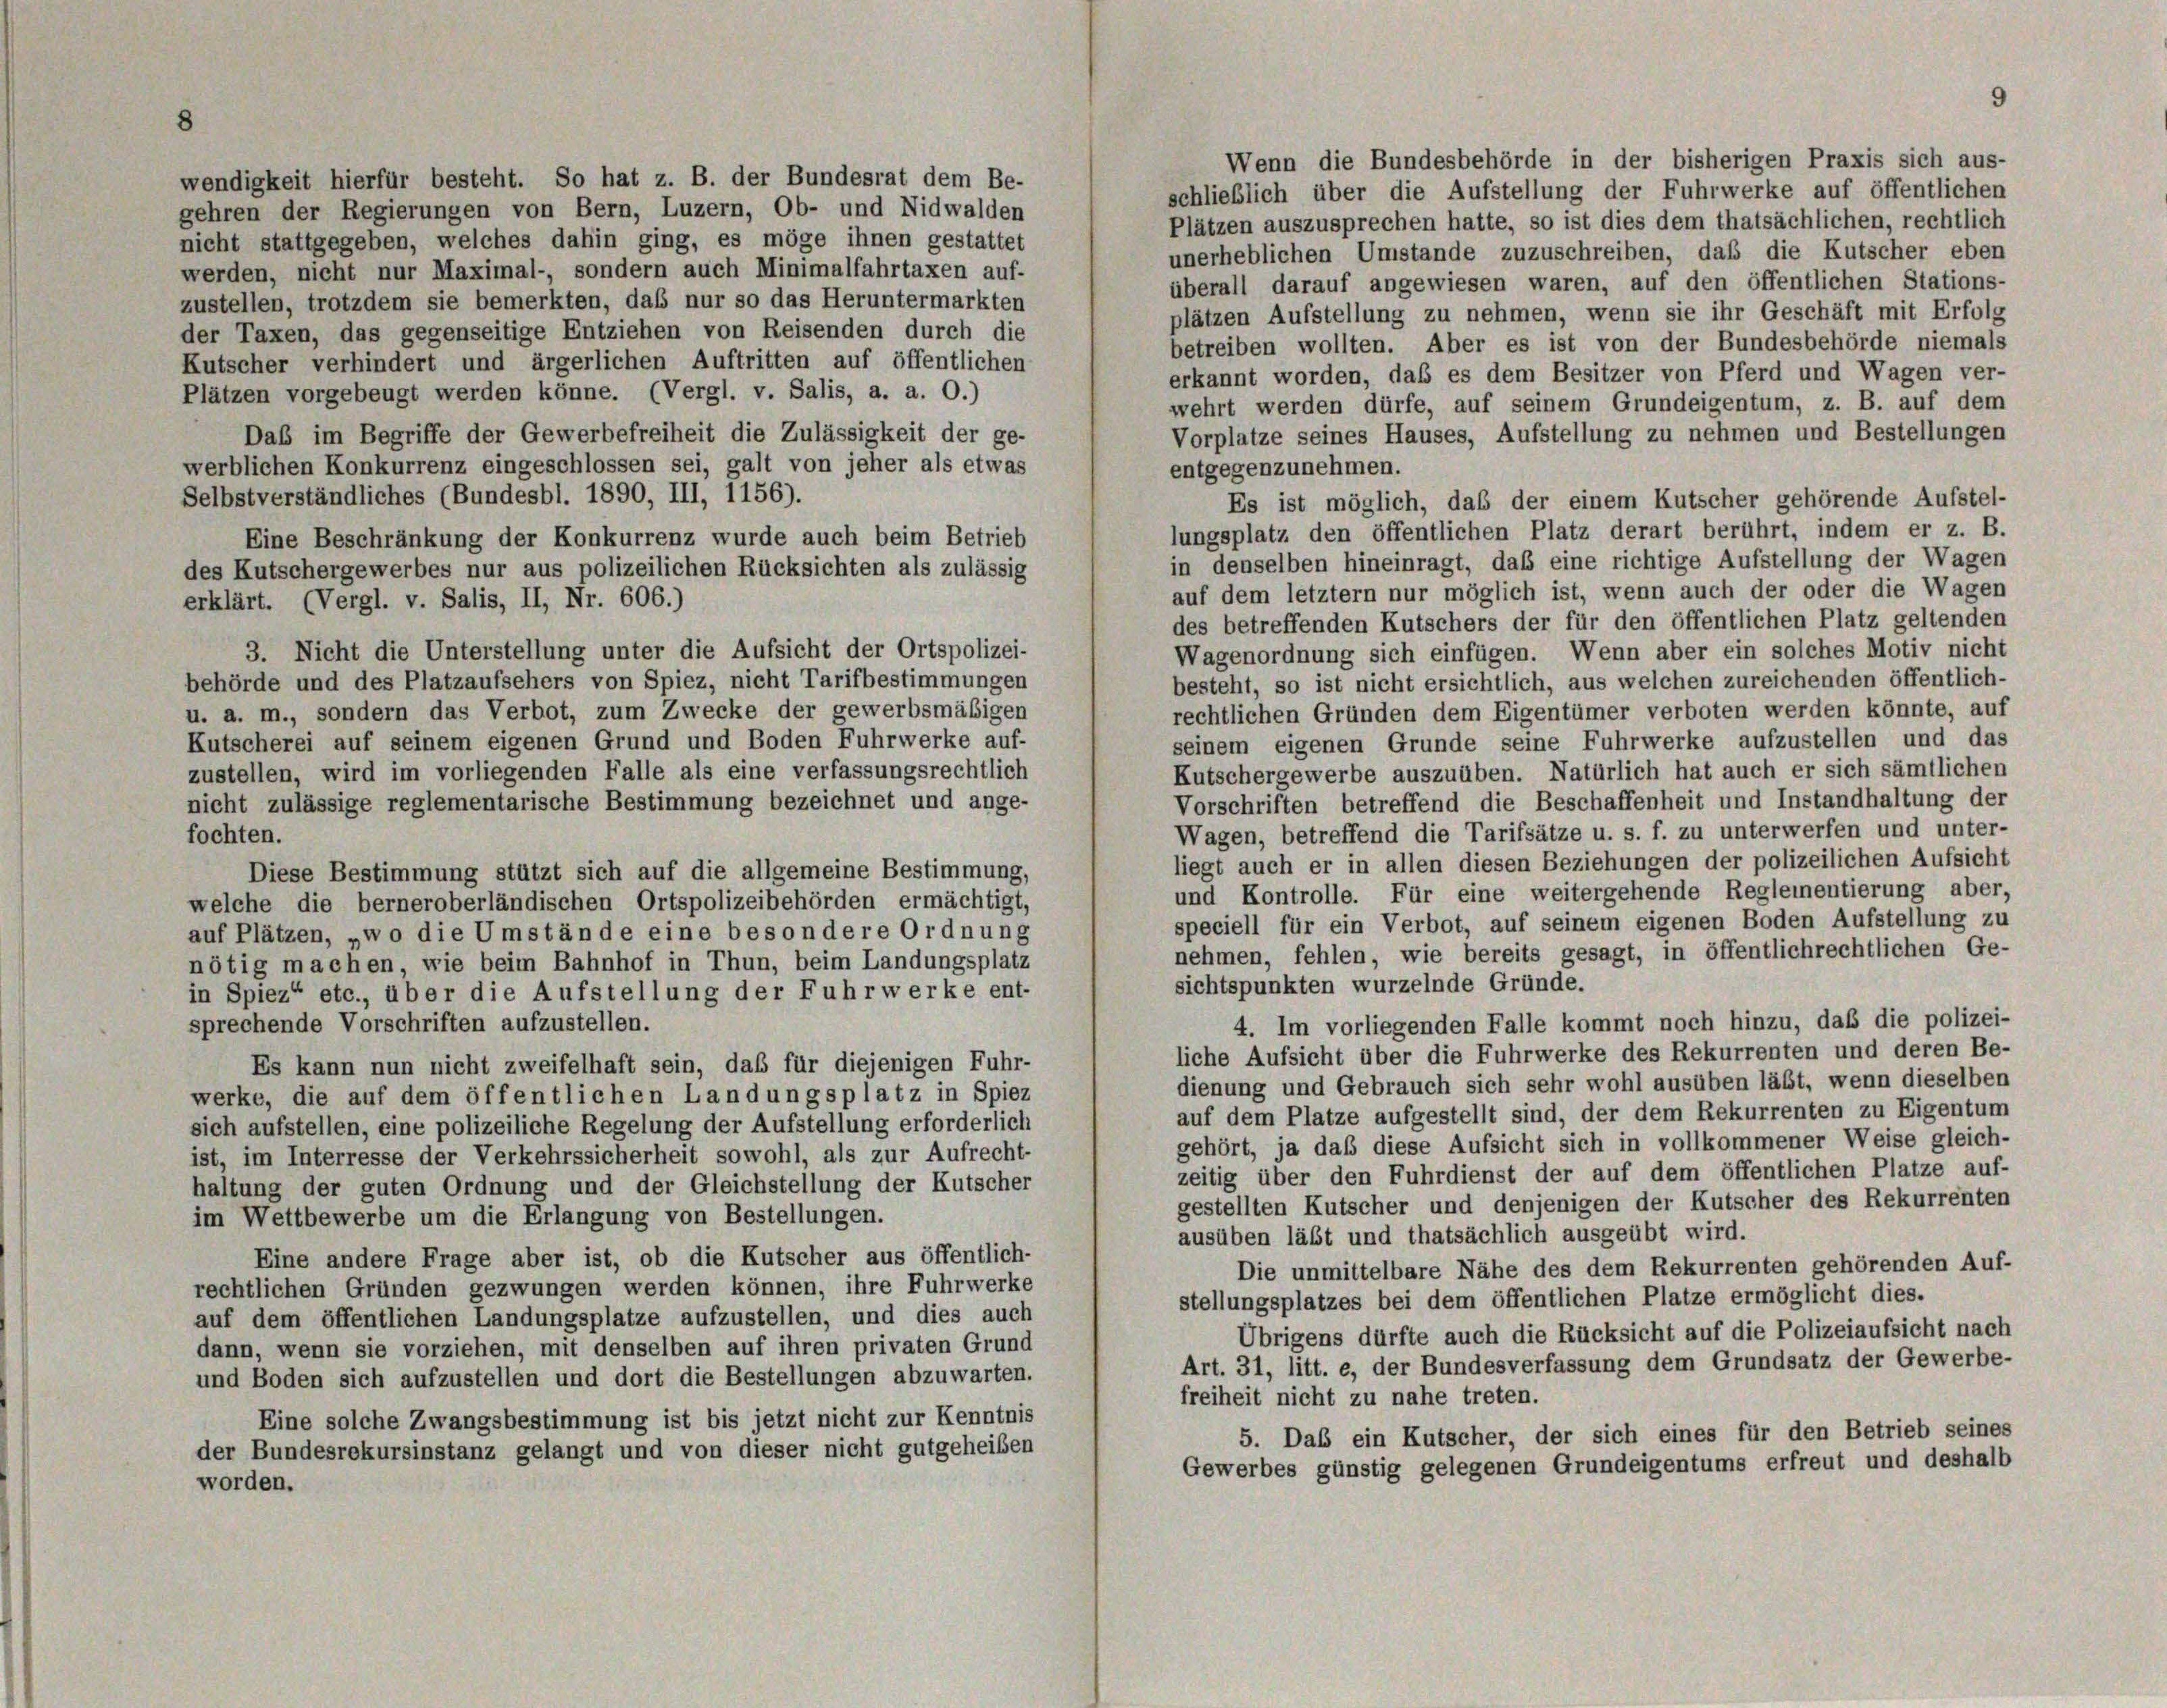
8
Wenn die Bundesbehörde in der bisherigen Praxis sich aus-
wendigkeit hierfür besteht. So hat z. B. der Bundesrat dem Be-
schließlich über die Aufstellung der Fuhrwerke auf öffentlichen
gehren der Regierungen von Bern, Luzern, Ob- und Nidwalden
Plätzen auszusprechen hatte, so ist dies dem thatsächlichen, rechtlich
nicht stattgegeben, welches dahin ging, es möge ihnen gestattet
unerheblichen Umstände zuzuschreiben, daß die Kutscher eben
werden, nicht nur Maximal-, sondern auch Minimalfahrtaxen auf-
überall darauf angewiesen waren, auf den öffentlichen Stations-
zustellen, trotzdem sie bemerkten, daß nur so das Heruntermarkten
plätzen Aufstellung zu nehmen, wenn sie ihr Geschäft mit Erfolg
der Taxen, das gegenseitige Entziehen von Reisenden durch die
betreiben wollten. Aber es ist von der Bundesbehörde niemals
Kutscher verhindert und ärgerlichen Auftritten auf öffentlichen
erkannt worden, daß es dem Besitzer von Pferd und Wagen ver-
Plätzen vorgebeugt werden könne. (Vergl. v. Salis, a. a. 0.)
wehrt werden dürfe, auf seinem Grundeigentum, z. B. auf dem
Daß im Begriffe der Gewerbefreiheit die Zulässigkeit der ge-
Vorplatze seines Hauses, Aufstellung zu nehmen und Bestellungen
werblichen Konkurrenz eingeschlossen sei, galt von jeher als etwas
entgegenzunehmen.
Selbstverständliches (Bundesbl. 1890, III, 1156).
Es ist möglich, daß der einem Kutscher gehörende Aufstel-
lungsplatz den öffentlichen Platz derart berührt, indem er z. B.
Eine Beschränkung der Konkurrenz wurde auch beim Betrieb
in denselben hineinragt, daß eine richtige Aufstellung der Wagen
des Kutschergewerbes nur aus polizeilichen Rücksichten als zulässig
auf dem letztem nur möglich ist, wenn auch der oder die Wagen
erklärt. (Vergl. v. Salis, II, Nr. 606.)
des betreffenden Kutschers der für den öffentlichen Platz geltenden
3. Nicht die Unterstellung unter die Aufsicht der Ortspolizei-
Wagenordnung sich einfügen. Wenn aber ein solches Motiv nicht
behörde und des Platzaufsehers von Spiez, nicht Tarifbestimmungen
besteht, so ist nicht ersichtlich, aus welchen zureichenden öffentlich-
u. a. m., sondern das Verbot, zum Zwecke der gewerbsmäßigen
rechtlichen Gründen dem Eigentümer verboten werden könnte, auf
Kutscherei auf seinem eigenen Grund und Boden Fuhrwerke auf-
seinem eigenen Grunde seine Fuhrwerke aufzustellen und das
zustellen, wird im vorliegenden Falle als eine verfassungsrechtlich
Kutschergewerbe auszuüben. Natürlich hat auch er sich sämtlichen
Vorschriften betreffend die Beschaffenheit und Instandhaltung der
nicht zulässige reglementarische Bestimmung bezeichnet und ange-
Wagen, betreffend die Tarifsätze u. s. f. zu unterwerfen und unter-
fochten.
liegt auch er in allen diesen Beziehungen der polizeilichen Aufsicht
Diese Bestimmung stützt sich auf die allgemeine Bestimmung,
und Kontrolle. Für eine weitergehende Reglementierung aber,
welche die berneroberländischen Ortspolizeibehörden ermächtigt,
speciell für ein Verbot, auf seinem eigenen Boden Aufstellung zu
auf Plätzen, „wo die Umstände eine besondere Ordnung
nehmen, fehlen, wie bereits gesagt, in öffentlichrechtlichen Ge-
nötig machen wie beim Bahnhof in Thun, beim Landungsplatz
sichtspunkten wurzelnde Gründe.
in Spiez“ etc., über die Aufstellung der Fuhrwerke ent-
4. Im vorliegenden Falle kommt noch hinzu, daß die polizei-
sprechende Vorschriften aufzustellen.
liche Aufsicht über die Fuhrwerke des Rekurrenten und deren Be-
Es kann nun nicht zweifelhaft sein, daß für diejenigen Fuhr-
dienung und Gebrauch sich sehr wohl ausüben läßt, wenn dieselben
werke, die auf dem öffentlichen Landungsplatz in Spiez
auf dem Platze aufgestellt sind, der dem Rekurrenten zu Eigentum
sich aufstellen, eine polizeiliche Regelung der Aufstellung erforderlich
gehört, ja daß diese Aufsicht sich in vollkommener Weise gleich-
ist, im Interresse der Verkehrssicherheit sowohl, als zur Aufrecht-
zeitig über den Fuhrdienst der auf dem öffentlichen Platze auf-
haltung der guten Ordnung und der Gleichstellung der Kutscher
gestellten Kutscher und denjenigen der Kutscher des Rekurrenten
im Wettbewerbe um die Erlangung von Bestellungen.
ausüben läßt und thatsächlich ausgeübt wird.
Eine andere Frage aber ist, ob die Kutscher aus öffentlich-
Die unmittelbare Nähe des dem Rekurrenten gehörenden Auf-
rechtlichen Gründen gezwungen werden können, ihre Fuhrwerke
stellungsplatzes bei dem öffentlichen Platze ermöglicht dies.
auf dem öffentlichen Landungsplatze aufzustellen, und dies auch
Übrigens dürfte auch die Rücksicht auf die Polizeiaufsicht nach
dann, wenn sie vorziehen, mit denselben auf ihren privaten Grund
Art. 31, litt. e, der Bundesverfassung dem Grundsatz der Gewerbe-
und Boden sich aufzustellen und dort die Bestellungen abzuwarten.
freiheit nicht zu nahe treten.
Eine solche Zwangsbestimmung ist bis jetzt nicht zur Kenntnis
5. Das ein Kutscher, der sich eines für den Betrieb seines
der Bundesrekursinstanz gelangt und von dieser nicht gutgeheißen
Gewerbes günstig gelegenen Grundeigentums erfreut und deshalb
worden.

9